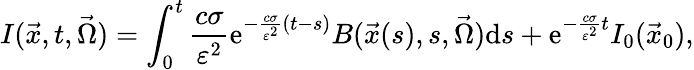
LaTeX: I(\vec{x},t,\vec{\Omega})=\int_{0}^{t}\frac{c\sigma}{\varepsilon^{2}}\mathrm{e}^{-\frac{c\sigma}{\varepsilon^{2}}(t-s)}B(\vec{x}(s),s,\vec{\Omega})\mathrm{d}s+\mathrm{e}^{-\frac{c\sigma}{\varepsilon^{2}}t}I_{0}(\vec{x}_{0}),